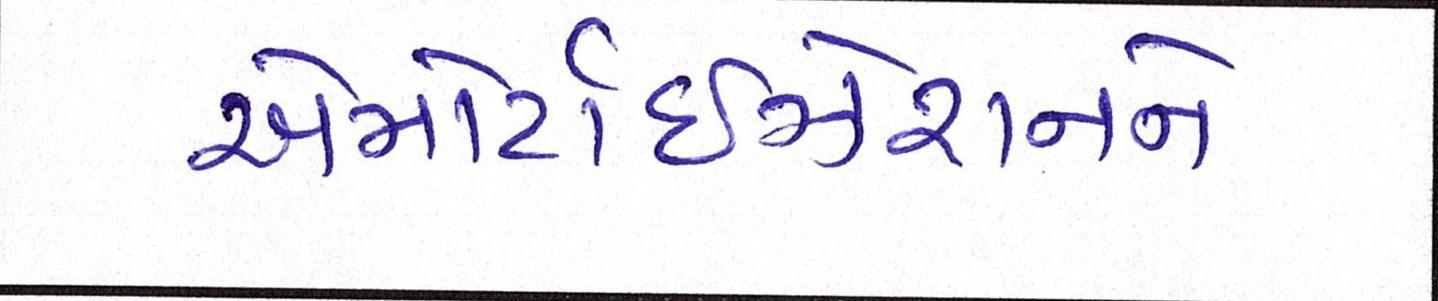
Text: એમોર્ટાઇઝેશનને